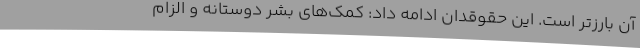
آن بارزتر است. این حقوقدان ادامه داد: کمک‌های بشر دوستانه و الزام